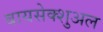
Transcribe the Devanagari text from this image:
बायसेक्शुअल